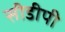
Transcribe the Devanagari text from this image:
सीडीपी